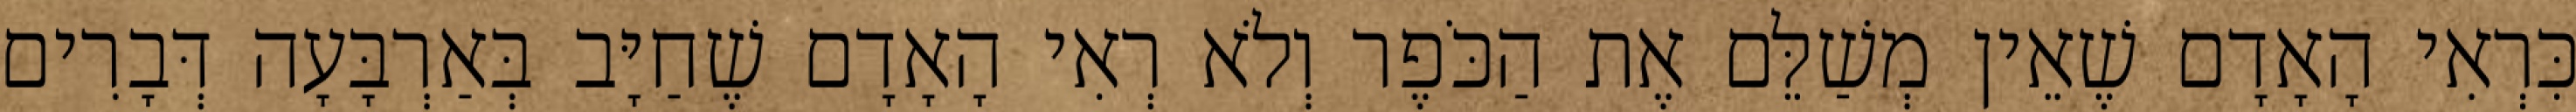
כִּרְאִי הָאָדָם שֶׁאֵין מְשַׁלֵּם אֶת הַכֹּפֶר וְלֹא רְאִי הָאָדָם שֶׁחַיָּב בְּאַרְבָּעָה דְּבָרִים